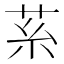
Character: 䒺